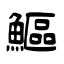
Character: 鰸